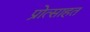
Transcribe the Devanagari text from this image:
प्रोत्साहत